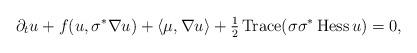
LaTeX: \begin{align*} \partial_t u + f( u , \sigma^{*}\nabla u ) + \langle \mu , \nabla u \rangle + \tfrac{ 1 }{ 2 } \operatorname{Trace}( \sigma \sigma ^* \operatorname{Hess} u ) = 0 , \end{align*}